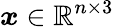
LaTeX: \boldsymbol{x}\in\mathbb{R}^{n\times 3}